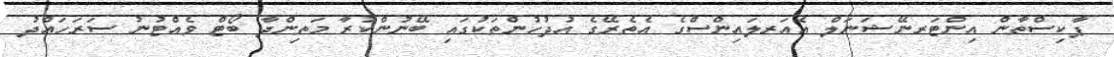
ޕާކިސްތާން އިންޓަރނޭޝަނަލް އެއަރލައިންސްގެ އެތެރޭގެ އުދުހުންތަކުގައި ބޭނުންކުރާ މަތިންދާ ބޯޓް ވެއްޓުނު ސަރަހައްދު